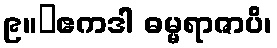
၉။	ဧကဒါ ဓမ္မရာဇာပိ၊